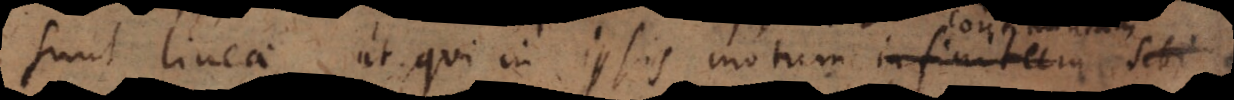
sunt lineae, ut qui in ipsis motum infi